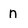
Character: n